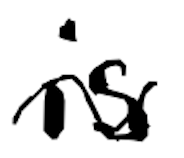
Text: is
Cross-out: wave
Writing tool: digital_black